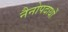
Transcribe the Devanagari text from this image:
नैनोपदार्थों